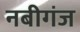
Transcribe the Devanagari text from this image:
नबीगंज